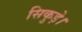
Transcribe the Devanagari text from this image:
सिकुड़े।